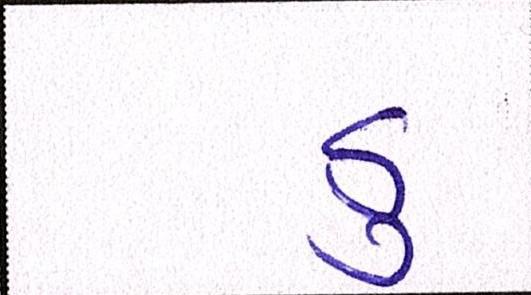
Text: ડુ